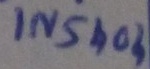
Text: IN5404